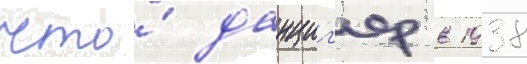
что́ данциг'ер в 1938